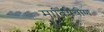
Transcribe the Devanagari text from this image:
मातियेवीण